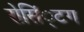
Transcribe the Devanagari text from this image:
रोसिं्टग